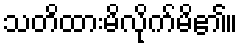
သတိထားမိလိုက်မိ၏။